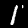
Label: 1